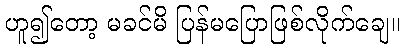
ဟူ၍တော့ မခင်မိ ပြန်မပြောဖြစ်လိုက်ချေ။